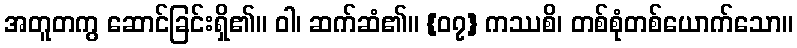
အတူတကွ ဆောင်ခြင်းရှိ၏။ ဝါ၊ ဆက်ဆံ၏။ {၀၇} ကဿစိ၊ တစ်စုံတစ်ယောက်သော။